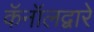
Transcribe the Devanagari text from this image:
कॅनॉलद्वारे